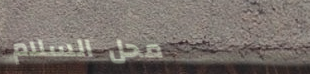
محل السلام